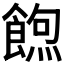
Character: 𮩃